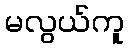
မလွယ်ကူ